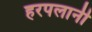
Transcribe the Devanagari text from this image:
हरपलानी